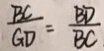
\frac { B C } { G D } = \frac { B D } { B C }